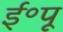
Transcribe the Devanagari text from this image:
ई॰पू